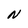
Character: N